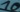
Text: 10